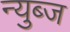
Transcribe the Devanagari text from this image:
न्युब्ज